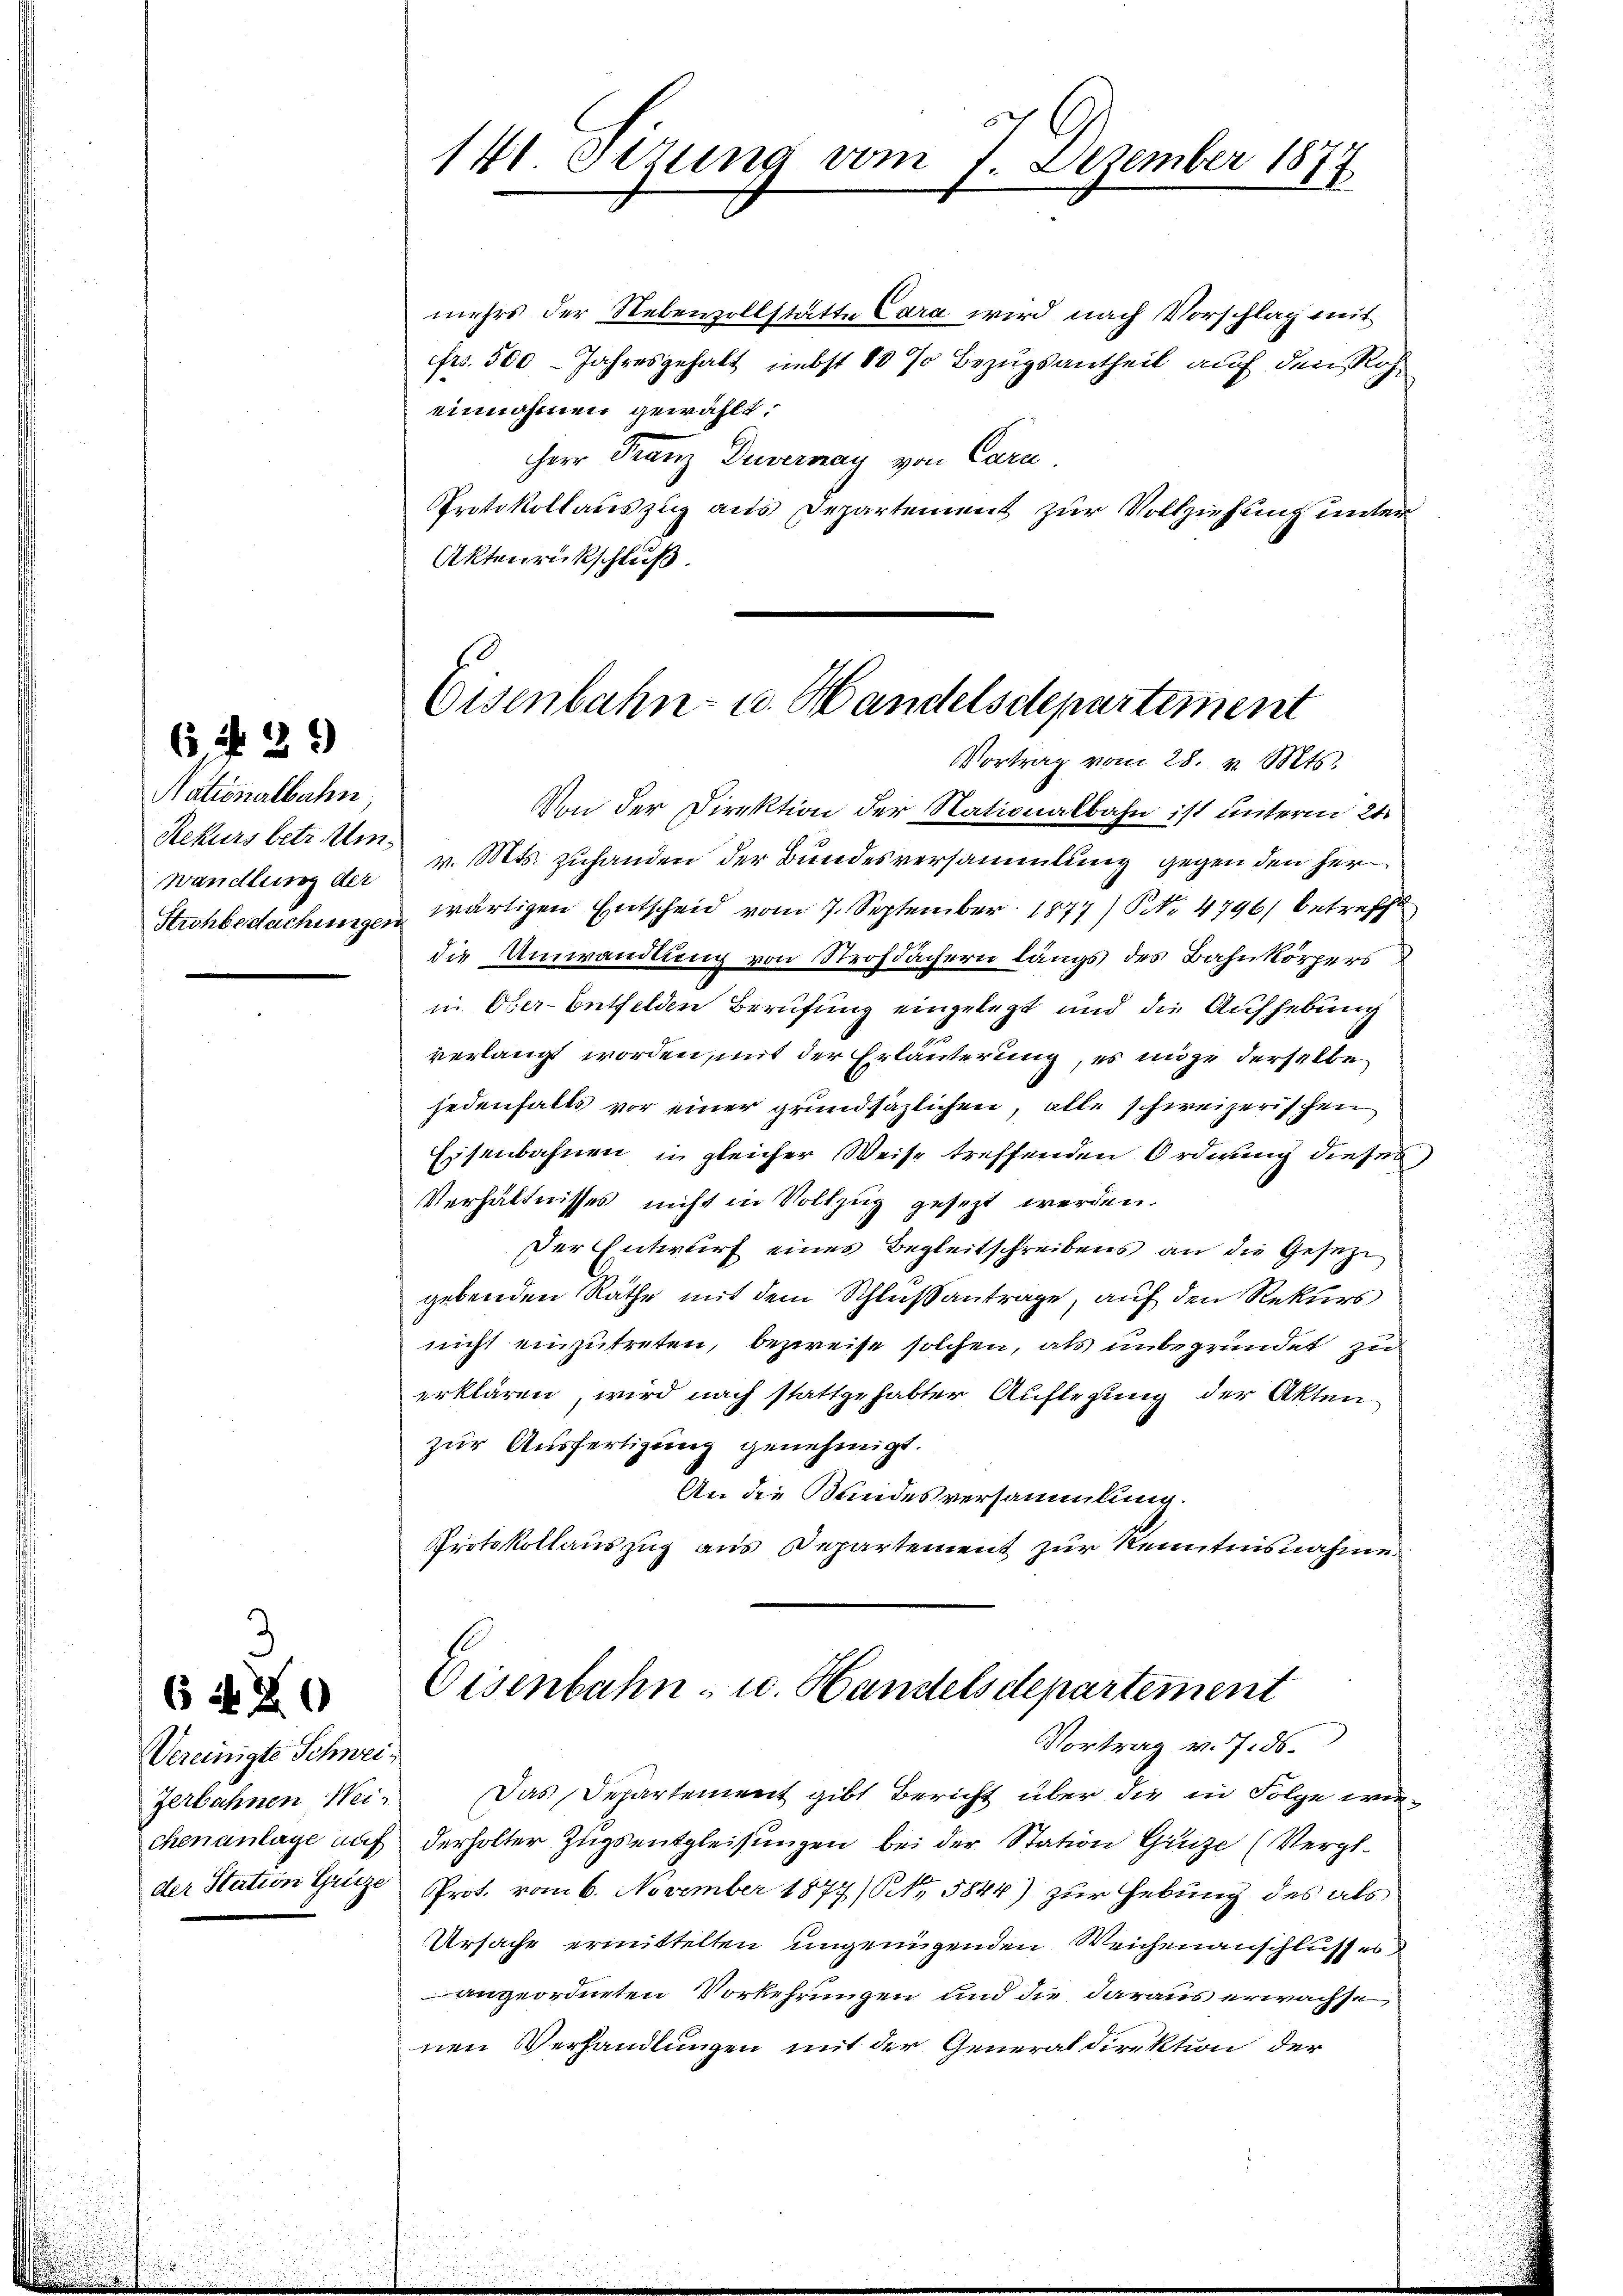
Nationalbahn
Rekurs betr. Um¬

6 f 36

Vereinigte Schweizerbahnen Wei-
der Station Grütze

6 f 20

mehrs der Nebenzollstätte Cara wird nach Vorschlag mit
frs. 500 - Jahresgehalt nebst 10 % Bezugsantheil auf den Roh
einnahmen gewählt.
Herr Franz Duvernay von Cara
Protokollauszug aus Departement zur Vollziehung unter
Aktenrückschluß.

141 Stzung vom 1. Dezember 1877

Eisenbahn- u. Handelsdepartement
Vortrag vom 28. v. Mts.

Von der Direktion der Nationalbahn ist unterm 21.
Wandlung der v. Mts. zuhanden der Bundesversammlung gegen den her¬
Strohbedachungen wärtigen Entscheid vom 7. September 1877) No 4796) betrefft
die Umwandlung von Strofdächern längs des Bahnkörpers
in Ober-Entfelden Berufung eingelegt und die Aufhebung
verlangt worden, mit der Erläuterung, es möge derselbe
jedenfalls vor einer grundsäzlichen, alle schweizerischen
Eisenbahnen in gleicher Weise treffenden Ordnung dieses
Verhältnisses nicht in Vollzug gesezt werden.
Der Entwurf eines Begleitschreibens an die Gesetze
gebenden Räthe mit dem Schlußantrage, auf den Rekurs
nicht einzutreten, bezweife solchen, als unbegründet zu
erklären, wird nach stattgehabter Auflegung der Akten
zur Ausfertigung genehmigt.
An die Bandesversammlung.
Protokollauszug aus Departement zur Kenntnisnahme

Eisenbahn- u. Handelsdepartement
Vortrag v. 7. ds.

Das Departement gibt Bericht über die in Folge wiechenanlage auf derholter Zugsentgleisungen bei der Station Gruze (Vergl.
Prot. vom 6. November 1877/ N. 5844) zur Hebung des als
Ursache ermittelten ungenügenden Weichenanschlusses
angeordneten Vorkehrungen und die daraus erwächst
nen Verhandlungen mit der Generaldirektion der